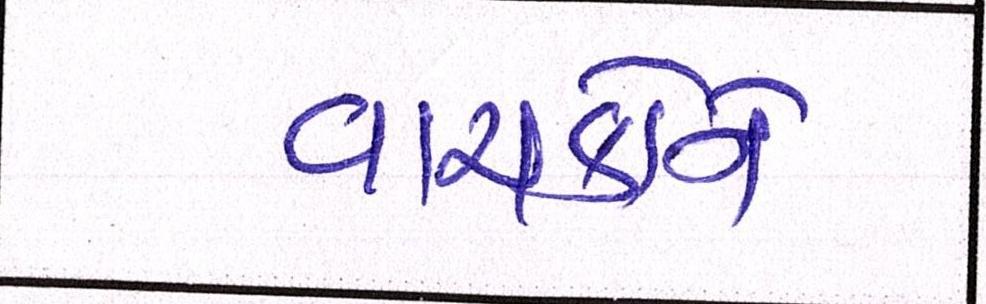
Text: વાચકોને